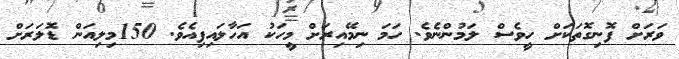
ވަރަށް ފޮނިގޮތަކަށް ހީވެސް ލަމުންނެވެ. ހަމަ ނިމޭއިރަށް މީހަކު އަހާލައިފިއެވެ. 150މިލިއަން ޑޮލަރަށް